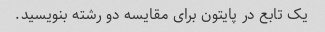
یک تابع در پایتون برای مقایسه دو رشته بنویسید.